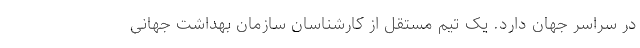
در سراسر جهان دارد. یک تیم مستقل از کارشناسان سازمان بهداشت جهانی